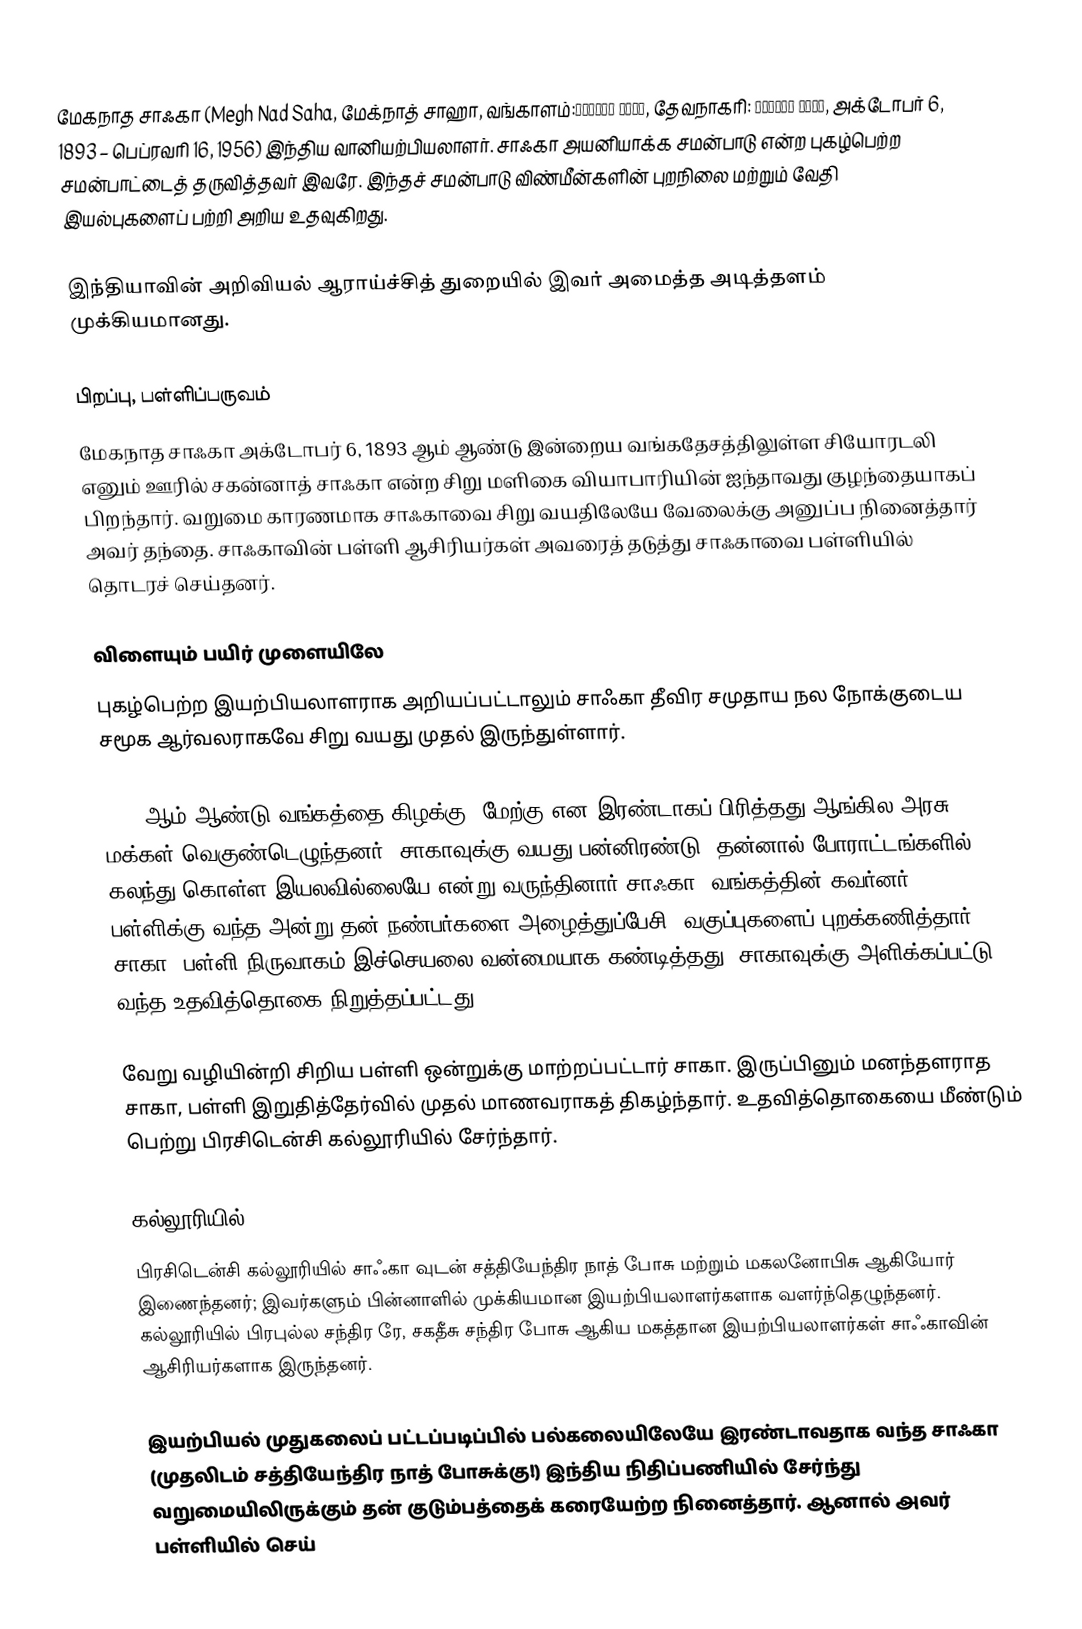
மேகநாத சாஃகா (Megh Nad Saha, மேக்நாத் சாஹா, வங்காளம்:মেঘনাদ সাহা, தேவநாகரி: मेघनाद साहा, அக்டோபர் 6, 1893 – பெப்ரவரி 16, 1956) இந்திய வானியற்பியலாளர். சாஃகா அயனியாக்க சமன்பாடு என்ற புகழ்பெற்ற சமன்பாட்டைத் தருவித்தவர் இவரே. இந்தச் சமன்பாடு விண்மீன்களின் புறநிலை மற்றும் வேதி இயல்புகளைப் பற்றி அறிய உதவுகிறது.

இந்தியாவின் அறிவியல் ஆராய்ச்சித் துறையில் இவர் அமைத்த அடித்தளம் முக்கியமானது.

பிறப்பு, பள்ளிப்பருவம்
மேகநாத சாஃகா அக்டோபர் 6, 1893 ஆம் ஆண்டு இன்றைய வங்கதேசத்திலுள்ள சியோரடலி எனும் ஊரில் சகன்னாத் சாஃகா என்ற சிறு மளிகை வியாபாரியின் ஐந்தாவது குழந்தையாகப் பிறந்தார். வறுமை காரணமாக சாஃகாவை சிறு வயதிலேயே வேலைக்கு அனுப்ப நினைத்தார் அவர் தந்தை. சாஃகாவின் பள்ளி ஆசிரியர்கள் அவரைத் தடுத்து சாஃகாவை பள்ளியில் தொடரச் செய்தனர்.

விளையும் பயிர் முளையிலே
புகழ்பெற்ற இயற்பியலாளராக அறியப்பட்டாலும் சாஃகா தீவிர சமுதாய நல நோக்குடைய சமூக ஆர்வலராகவே சிறு வயது முதல் இருந்துள்ளார்.

1905 ஆம் ஆண்டு வங்கத்தை கிழக்கு, மேற்கு என இரண்டாகப் பிரித்தது ஆங்கில அரசு. மக்கள் வெகுண்டெழுந்தனர். சாகாவுக்கு வயது பன்னிரண்டு. தன்னால் போராட்டங்களில் கலந்து கொள்ள இயலவில்லையே என்று வருந்தினார் சாஃகா. வங்கத்தின் கவர்னர் பள்ளிக்கு வந்த அன்று தன் நண்பர்களை அழைத்துப்பேசி, வகுப்புகளைப் புறக்கணித்தார் சாகா. பள்ளி நிருவாகம் இச்செயலை வன்மையாக கண்டித்தது. சாகாவுக்கு அளிக்கப்பட்டு வந்த உதவித்தொகை நிறுத்தப்பட்டது.

வேறு வழியின்றி சிறிய பள்ளி ஒன்றுக்கு மாற்றப்பட்டார் சாகா. இருப்பினும் மனந்தளராத சாகா, பள்ளி இறுதித்தேர்வில் முதல் மாணவராகத் திகழ்ந்தார். உதவித்தொகையை மீண்டும் பெற்று பிரசிடென்சி கல்லூரியில் சேர்ந்தார்.

கல்லூரியில்
பிரசிடென்சி கல்லூரியில் சாஃகா வுடன் சத்தியேந்திர நாத் போசு மற்றும் மகலனோபிசு ஆகியோர் இணைந்தனர்; இவர்களும் பின்னாளில் முக்கியமான இயற்பியலாளர்களாக வளர்ந்தெழுந்தனர். கல்லூரியில் பிரபுல்ல சந்திர ரே, சகதீசு சந்திர போசு ஆகிய மகத்தான இயற்பியலாளர்கள் சாஃகாவின் ஆசிரியர்களாக இருந்தனர்.

இயற்பியல் முதுகலைப் பட்டப்படிப்பில் பல்கலையிலேயே இரண்டாவதாக வந்த சாஃகா (முதலிடம் சத்தியேந்திர நாத் போசுக்கு!) இந்திய நிதிப்பணியில் சேர்ந்து வறுமையிலிருக்கும் தன் குடும்பத்தைக் கரையேற்ற நினைத்தார். ஆனால் அவர் பள்ளியில் செய்